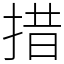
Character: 措